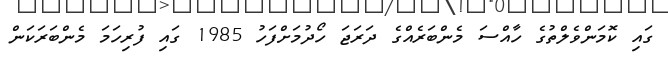
ގައި ކޮމަންވެލްތުގެ ހާއްސަ މެންބަރެއްގެ ދަރަޖަ ހޯދުމަށްފަހު 1985 ގައި ފުރިހަމަ މެންބަރަކަން